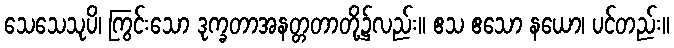
သေသေသုပိ၊ ကြွင်းသော ဒုက္ခတာအနတ္တတာတို့၌လည်း။ ဧသ ဧသော နယော၊ ပင်တည်း။